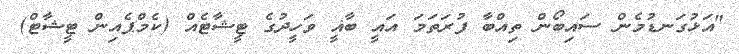
"އަޅުގަނޑުމެން ސައިބޯން ތިއްބާ ފުރަތަމަ އައީ ބާޣީ ވަހީދުގެ ޓީޝާޓެއް (ކެމްޕެއިން ޓީޝާޓް)